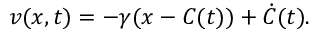
v ( x , t ) = - \gamma ( x - C ( t ) ) + \dot { C } ( t ) .